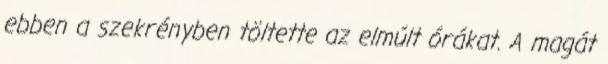
ebben a szekrényben töltette az elmúlt órákat. A magát